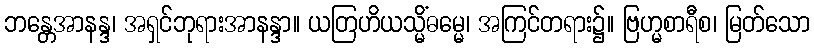
ဘန္တေအာနန္ဒ၊ အရှင်ဘုရားအာနန္ဒာ။ ယတြဟိယသ္မိံဓမ္မေ၊ အကြင်တရား၌။ ဗြဟ္မစာရီစ၊ မြတ်သော